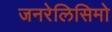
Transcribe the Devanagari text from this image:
जनरेलिसिमो